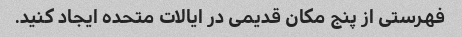
فهرستی از پنج مکان قدیمی در ایالات متحده ایجاد کنید.